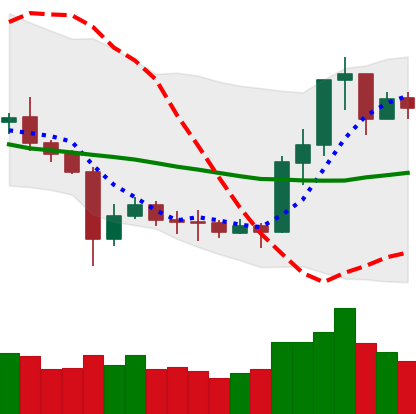
Ticker: ETC-USD
Chart end date: 2020-07-12
Forward return: -6.525%
Label: down_5_7